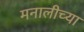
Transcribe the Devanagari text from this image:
मनालीच्या